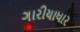
ગારીયાધાર